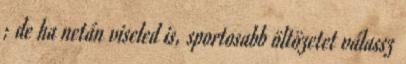
; de ha netán viseled is, sportosabb öltözetet válassz